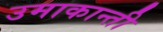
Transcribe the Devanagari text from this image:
उमाकान्‍ती